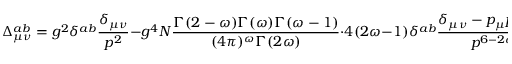
\Delta _ { \mu \nu } ^ { a b } = g ^ { 2 } \delta ^ { a b } \frac { \delta _ { \mu \nu } } { p ^ { 2 } } - g ^ { 4 } N \frac { \Gamma ( 2 - \omega ) \Gamma ( \omega ) \Gamma ( \omega - 1 ) } { ( 4 \pi ) ^ { \omega } \Gamma ( 2 \omega ) } \cdot 4 ( 2 \omega - 1 ) \delta ^ { a b } \frac { \delta _ { \mu \nu } - p _ { \mu } p _ { \nu } / p ^ { 2 } } { p ^ { 6 - 2 \omega } } .